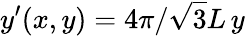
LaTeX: y^{\prime}(x,y)=4\pi/\sqrt{3}L\, y